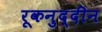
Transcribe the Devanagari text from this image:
रूकनुद्दीन